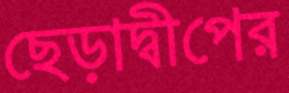
ছেড়াদ্বীপের